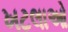
ખટલાઓ